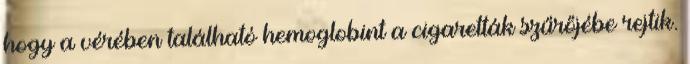
hogy a vérében található hemoglobint a cigaretták szűrőjébe rejtik.